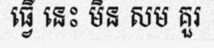
ធ្វើ នេះ មិន សម គួរ